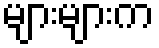
များများက